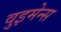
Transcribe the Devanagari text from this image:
वुइमेन्स